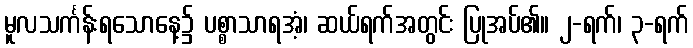
မူလသင်္ကန်းရသောနေ့၌ ပစ္စာသာရအံ့၊ ဆယ်ရက်အတွင်း ပြုအပ်၏။ ၂-ရက်၊ ၃-ရက်